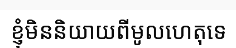
ខ្ញុំមិននិយាយពីមូលហេតុទេ